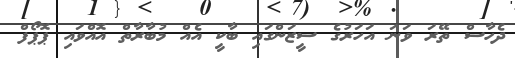
ދެހާސް ތޭރަ ވަނަ އަހަރުގެ ސީޒަންގައި ބާކީ އެއް މުބާރާތް އޮއްވައި ޕޮޕޯފް